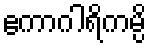
ဧကာဂါရိကမ္ပိ